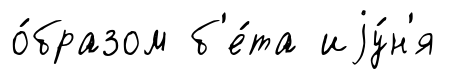
о́бразом б'е́та иjу́н'я